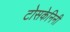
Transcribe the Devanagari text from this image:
टोसकेनिनी